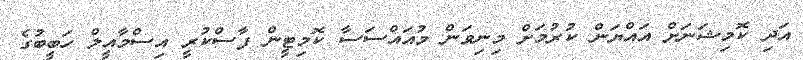
އަދި ކޮމިޝަނަށް އައްޔަން ކުރުމަށް މިނިވަން މުއައްސަސާ ކޮމިޓީން ފާސްކުރީ އިސްމާއީލް ހަބީބުގެ